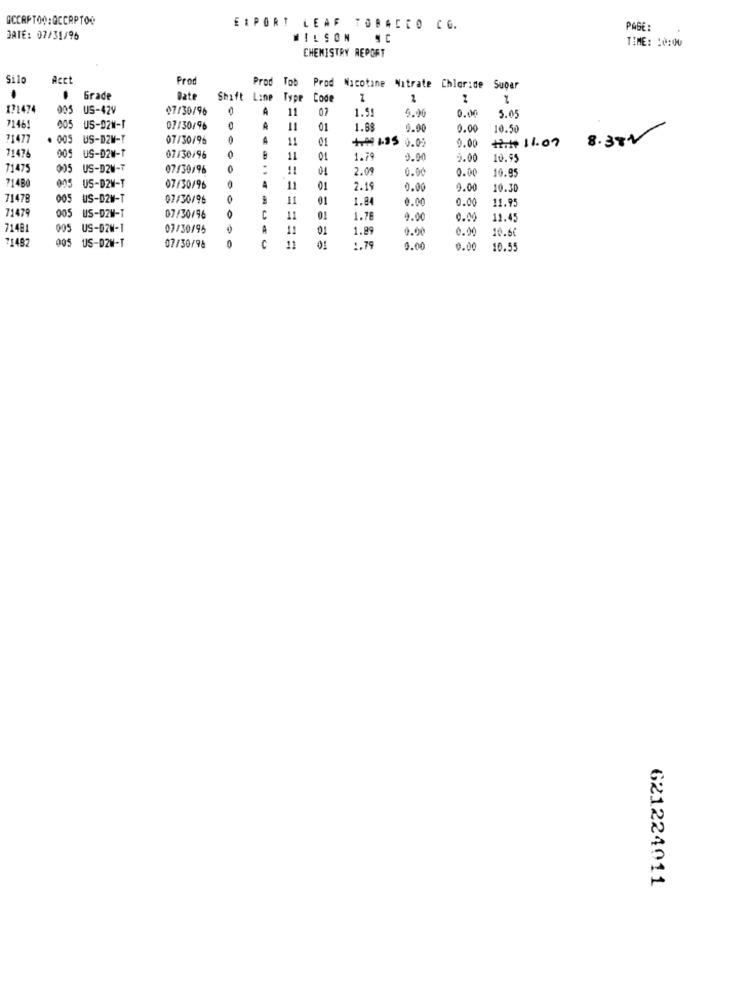
GCCRPTOO:QCCRPTOO
EXPORT LEAF TOBACCO CO.
PASE:
DATE: 07/31/96
WILSON
" C
TIME: 10:00
CHEMISTRY REPORT
Silo
Acct
Prod
Prod Tob
Prod Nicotine Nitrate Chloride Supar
.
Grade
Bate
Shift Line
Type Code
171474
005 US-42V
07/30/96
11
07
1.51
4.90
0.00
5.05
7146!
005 US-02W-1
07/30/96
01
1.88
1.90
0.00
10.50
71477
005
US-DZW-T
07/30/96
4
1
01
4.99 1-95 0.05
0.00
#.# 11.07
8.382
71474
005 US-02M-T
07/30/96
1.79
0.00
9.00
10.99
71475
005 US-DZW-T
07/30/96
0
01
2.09
0.0
0.00
19.95
71480
005 US-D2W-T
07/30/96
A
11
01
2.19
0.00
3.00
10.30
71478
005 US-D2W-T
07/30/96
11
01
1.84
0.00
0.00
71479
11.95
005 US-DZW-T
07/30/96
11
01
1.78
0.00
0.00
11.45
71481
005 US-DZW-1
03/30/95
A
11
01
1.89
0.00
10.66
71482
005 US-D2W-T
07/30/98
0
C
11
1.79
0.00
0.00
10.55
621224011